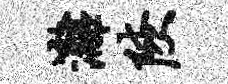
漓陕